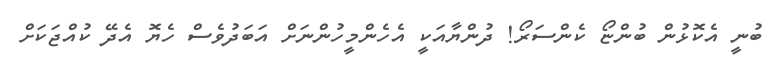
ބުނީ އެކޮޅުން ބުންޏޯ ކެންސަރޯ! ދުންޔާއަކީ އެހެންމީހުންނަށް އަބަދުވެސް ހެޔޮ އެދޭ ކުއްޖަކަށް